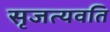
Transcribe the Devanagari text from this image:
सृजत्यवति